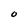
Character: O